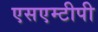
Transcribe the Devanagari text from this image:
एसएम्टीपी